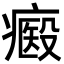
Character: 㿄